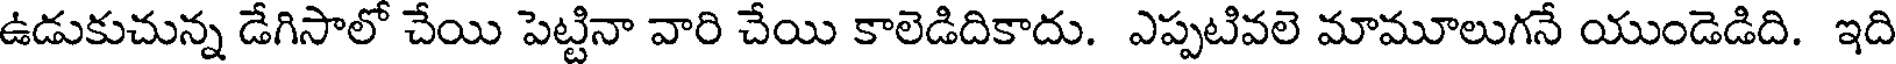
ఉడుకుచున్న డేగిసాలో చేయి పెట్టినా వారి చేయి కాలెడిదికాదు. ఎప్పటివలె మామూలుగనే యుండెడిది. ఇది